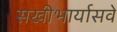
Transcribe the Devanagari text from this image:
सखीभार्यासवे